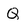
Character: Q